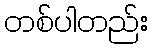
တစ်ပါတည်း